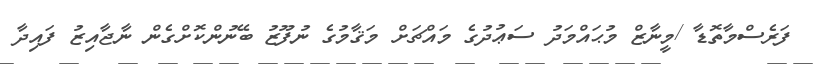
ފަރެސްމާތޮޑާ /މީނާޒް މުޙައްމަދު ސަޢުދުގެ މައްޗަށް މަޤާމުގެ ނުފޫޒު ބޭނުންކޮށްގެން ނާޖާއިޒު ފައިދާ